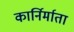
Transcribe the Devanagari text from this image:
कार्निर्माता